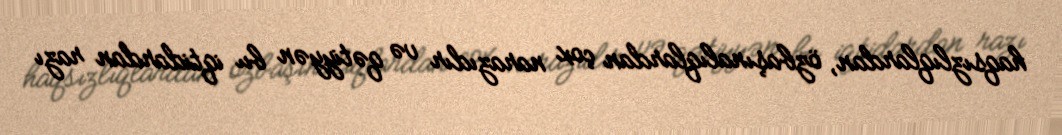
haqsızlıqlardan, özbaşınalıqlardan çox narazıdır və qətiyyən bu iqtidardan razı